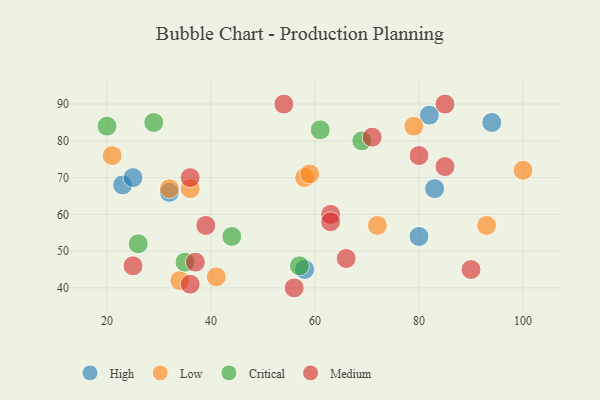
{"axis": {"x": "GDP", "y": "Life Expectancy"}, "legend": ["Critical", "High", "Low", "Medium"], "data": [{"x": "80", "y": 54, "type": "High"}, {"x": "83", "y": 67, "type": "High"}, {"x": "82", "y": 87, "type": "High"}, {"x": "58", "y": 45, "type": "High"}, {"x": "23", "y": 68, "type": "High"}, {"x": "32", "y": 66, "type": "High"}, {"x": "25", "y": 70, "type": "High"}, {"x": "94", "y": 85, "type": "High"}, {"x": "32", "y": 67, "type": "Low"}, {"x": "100", "y": 72, "type": "Low"}, {"x": "34", "y": 42, "type": "Low"}, {"x": "58", "y": 70, "type": "Low"}, {"x": "21", "y": 76, "type": "Low"}, {"x": "59", "y": 71, "type": "Low"}, {"x": "79", "y": 84, "type": "Low"}, {"x": "36", "y": 67, "type": "Low"}, {"x": "72", "y": 57, "type": "Low"}, {"x": "93", "y": 57, "type": "Low"}, {"x": "41", "y": 43, "type": "Low"}, {"x": "44", "y": 54, "type": "Critical"}, {"x": "29", "y": 85, "type": "Critical"}, {"x": "57", "y": 46, "type": "Critical"}, {"x": "26", "y": 52, "type": "Critical"}, {"x": "69", "y": 80, "type": "Critical"}, {"x": "35", "y": 47, "type": "Critical"}, {"x": "61", "y": 83, "type": "Critical"}, {"x": "20", "y": 84, "type": "Critical"}, {"x": "36", "y": 70, "type": "Medium"}, {"x": "39", "y": 57, "type": "Medium"}, {"x": "85", "y": 73, "type": "Medium"}, {"x": "66", "y": 48, "type": "Medium"}, {"x": "90", "y": 45, "type": "Medium"}, {"x": "37", "y": 47, "type": "Medium"}, {"x": "63", "y": 60, "type": "Medium"}, {"x": "63", "y": 58, "type": "Medium"}, {"x": "25", "y": 46, "type": "Medium"}, {"x": "71", "y": 81, "type": "Medium"}, {"x": "36", "y": 41, "type": "Medium"}, {"x": "54", "y": 90, "type": "Medium"}, {"x": "80", "y": 76, "type": "Medium"}, {"x": "56", "y": 40, "type": "Medium"}, {"x": "85", "y": 90, "type": "Medium"}]}